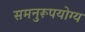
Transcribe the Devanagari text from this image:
समनुरूपयोग्य